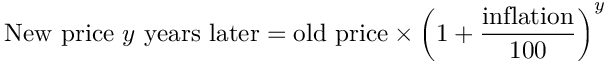
{ \mathrm { N e w ~ p r i c e ~ } } y { \mathrm { ~ y e a r s ~ l a t e r } } = { \mathrm { o l d ~ p r i c e } } \times \left( 1 + { \frac { \mathrm { i n f l a t i o n } } { 1 0 0 } } \right) ^ { y }